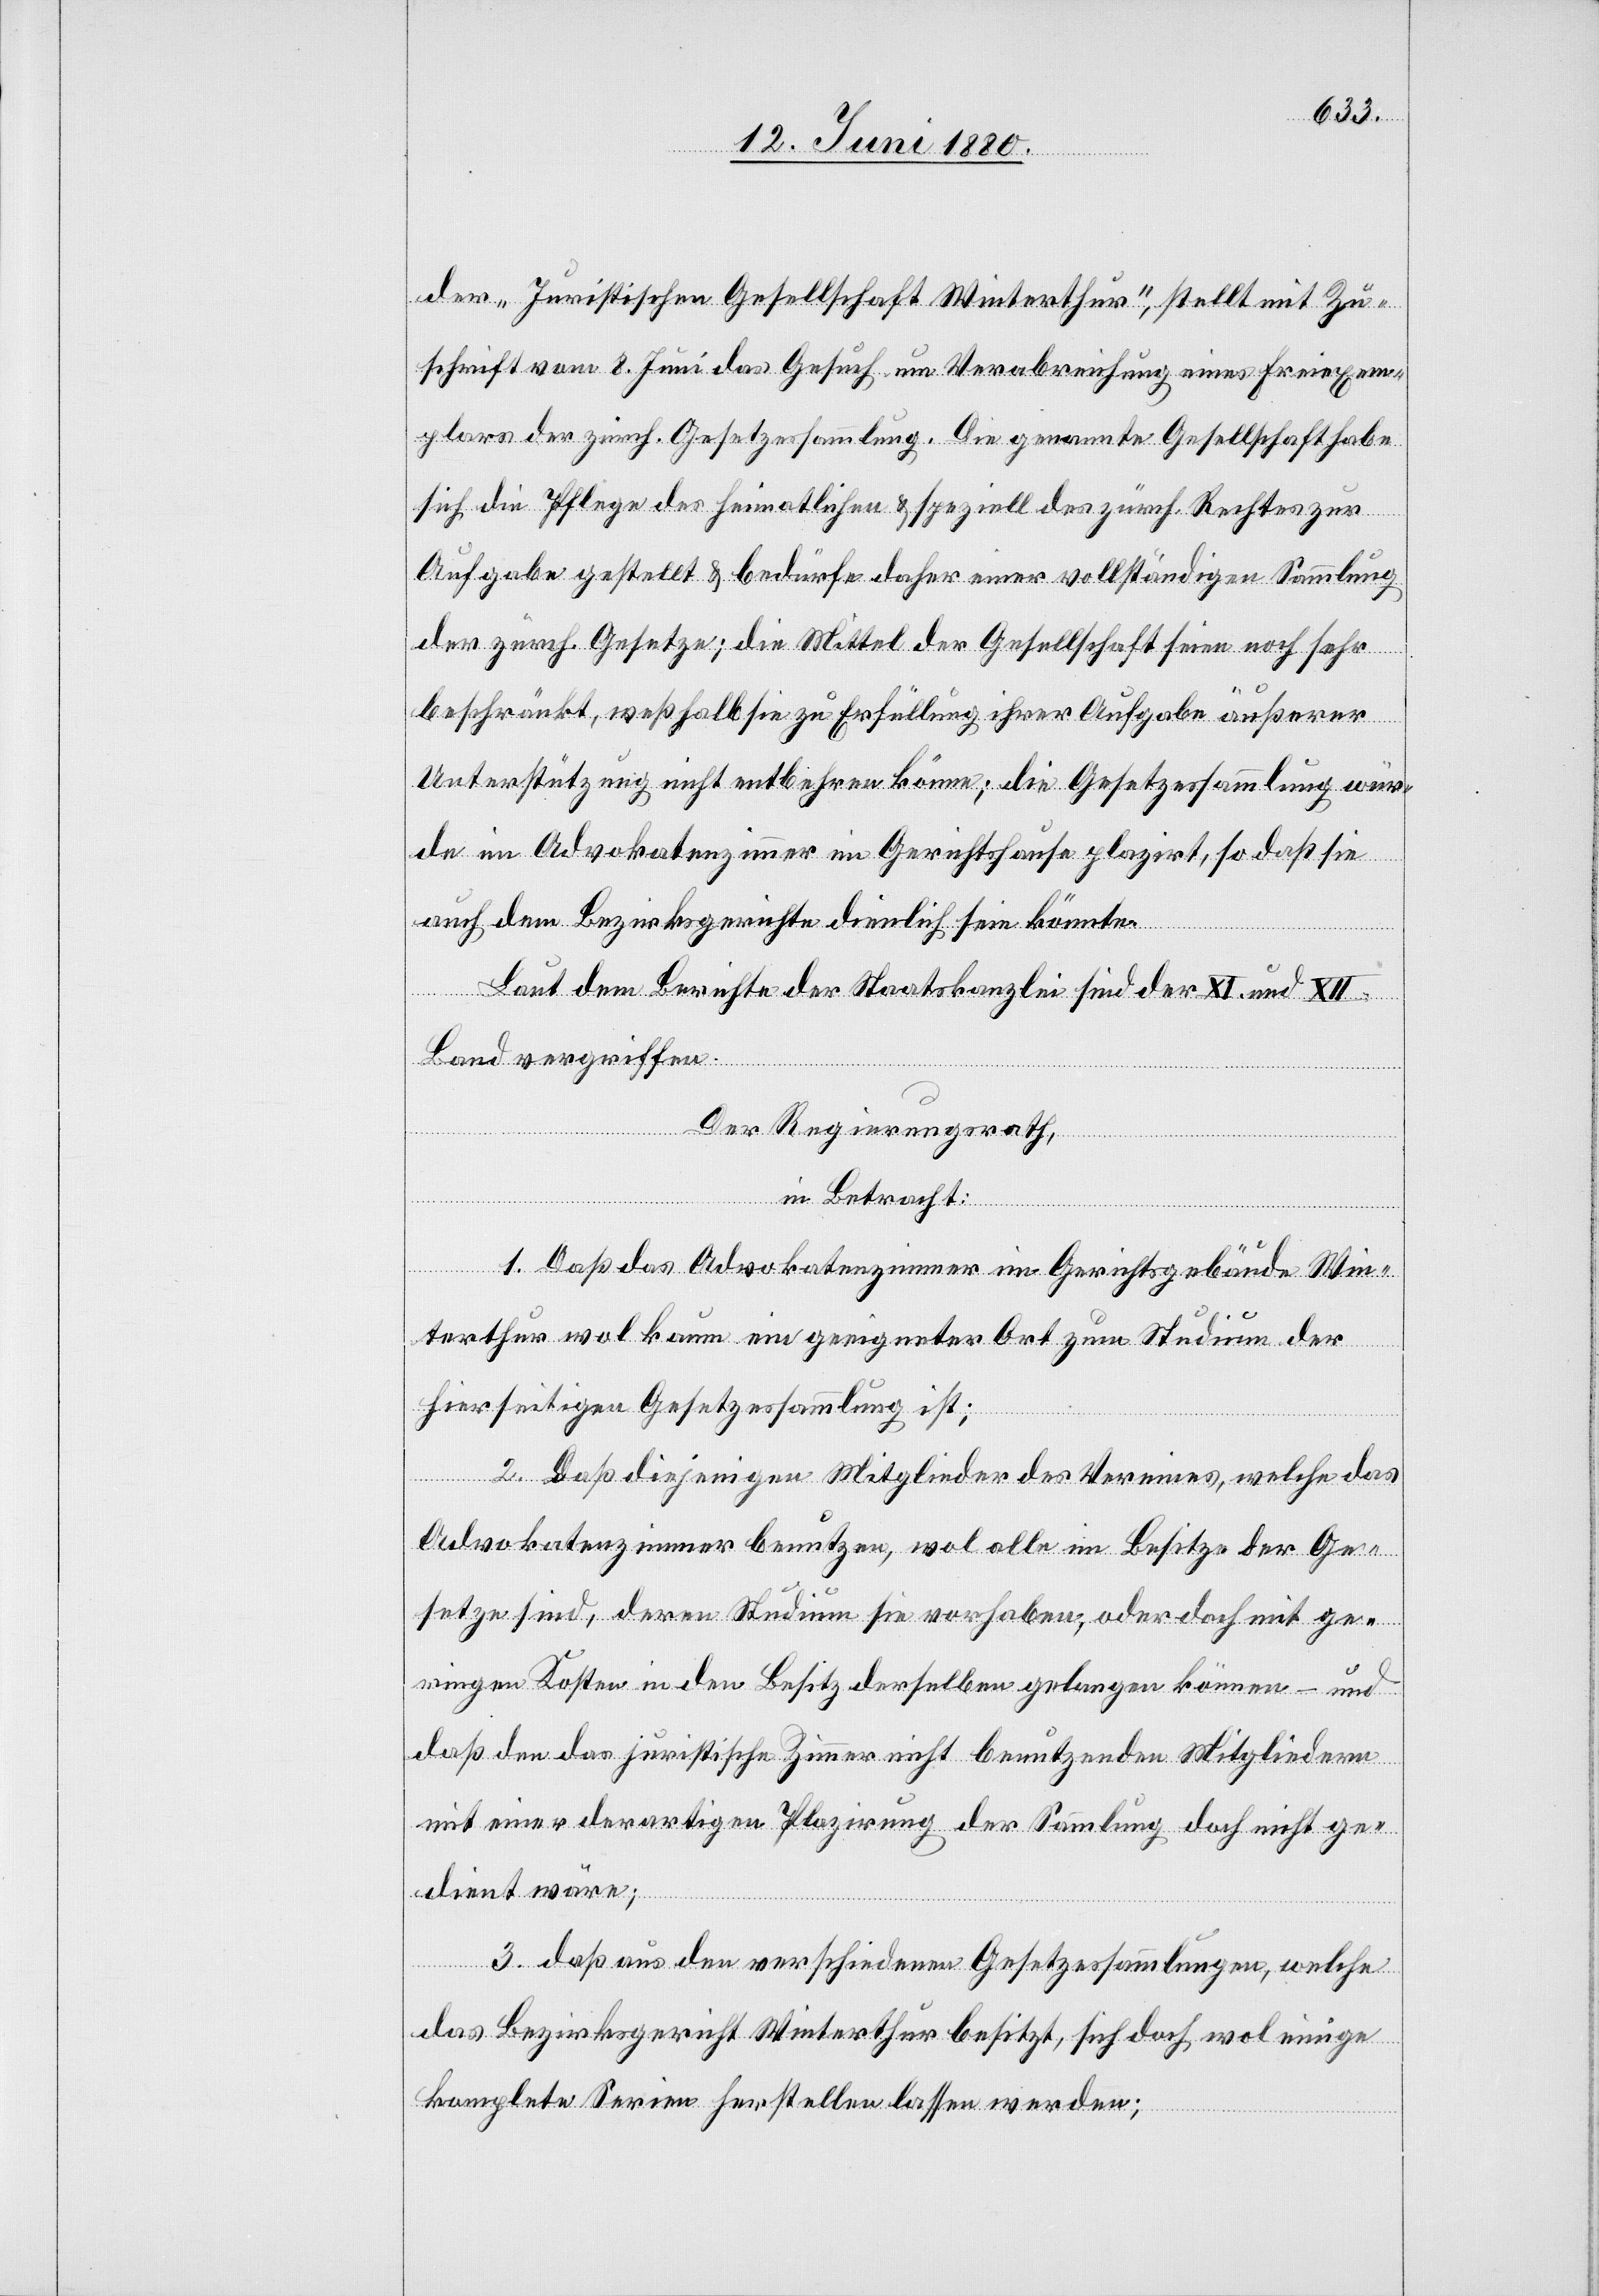
der „Juristischen Gesellschaft Winterthur“, stellt mit Zu¬
schrift vom 8. Juni das Gesuch um Verabreichung eines Freiexem¬
plars der zürch. Gesetzessammlung. Die genannte Gesellschaft habe
sich die Pflege des heimatlichen & speziell des zürch. Rechtes zur
Aufgabe gestellt & bedürfe daher einer vollständigen Sammlung
der zürch. Gesetze; die Mittel der Gesellschaft seien noch sehr
beschränkt, weßhalb sie zu Erfüllung ihrer Aufgabe äußerer
Unterstützung nicht entbehren könne; die Gesetzessammlung wür¬
de im Advokatenzimmer im Gerichtshause plazirt, so daß sie
auch dem Bezirksgerichte dienlich sein könnte.
Laut dem Berichte der Staatskanzlei sind der XI. und XII.
Band vergriffen.
Der Regierungsrath,
in Betracht:
1. Daß das Advokatenzimmer im Gerichtsgebäude Win¬
terthur wol kaum ein geeigneter Ort zum Studium der
hierseitigen Gesetzessammlung ist;
2. Daß diejenigen Mitglieder des Vereines, welche das
Advokatenzimmer benutzen, wol alle im Besitze der Ge¬
setze sind, deren Studium sie vorhaben, oder doch mit ge¬
ringen Kosten in den Besitz derselben gelangen können – und
daß den das juristische Zimmer nicht benutzenden Mitgliedern
mit einer derartigen Plazirung der Sammlung doch nicht ge¬
dient wäre;
3. daß aus den verschiedenen Gesetzessammlungen, welche
das Bezirksgericht Winterthur besitzt, sich doch wol einige
komplete Serien herstellen lassen werden;